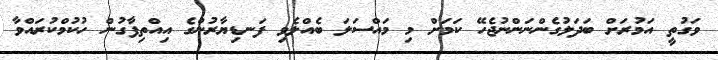
ވަގުތީ އަމުރަށް ބަދަލުގެންނަންނުޖެހޭ ކަމަށް މި މައްސަލަ ބެއްލެވި ފަނޑިޔާރުންގެ އިއްތިފާގުން ހުކުމްކުރައްވާ